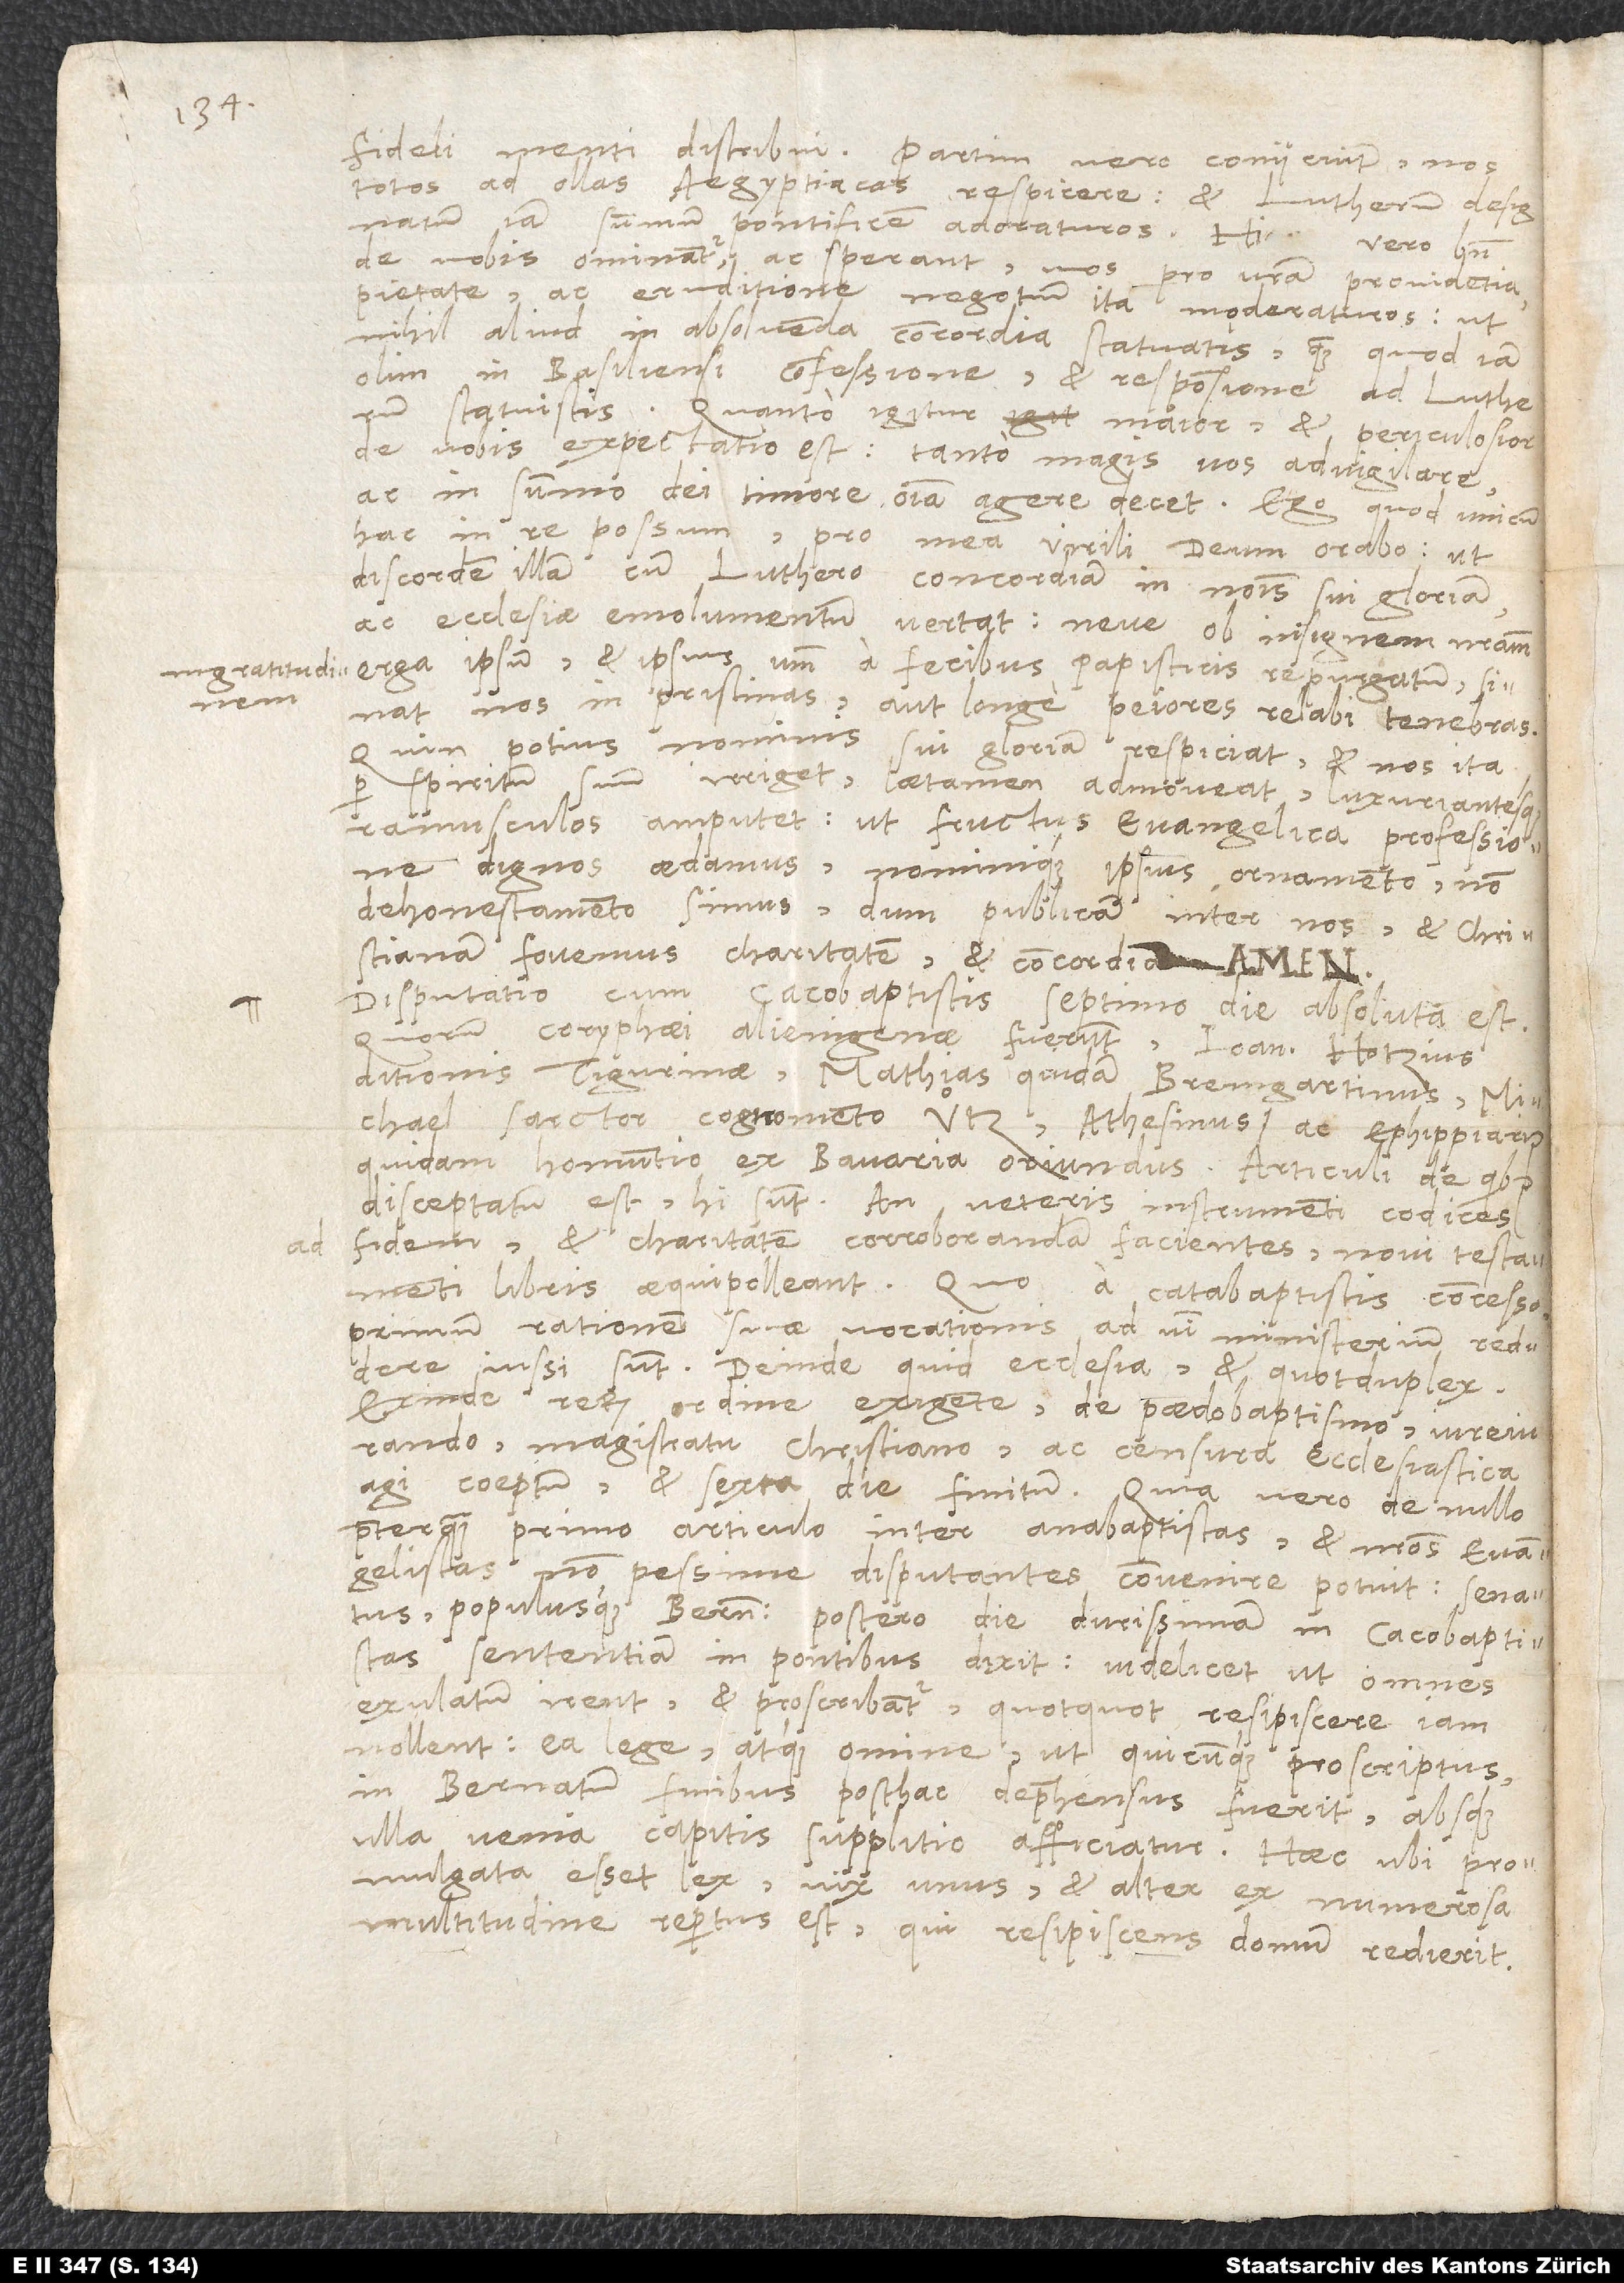
ingratitudinem

fideli menti distribui; partim vero coniiciunt nos
totos ad ollas Aegyptiacas respicere et Lutherum designatum
iam summum pontificem adoraturos. Hi vero bene
de vobis ominantur ac sperant vos pro vestra providentia,
pietate ac eruditione negotium ita moderaturos, ut
nihil aliud in absolvenda concordia statuatis, quam quod iam
olim in Basiliensi confessione et responsione ad Lutherum
statuistis. Quanto igitur maior et periculosior
de vobis expectatio est, tanto magis vos advigilare
ac in summo dei timore omnia agere decet. Ego, quod unicum
hac in re possum, pro mea virili deum orabo, ut
discordem illam cum Luthero concordiam in nominis sui gloriam
ac ecclesiae emolumentum vertat neve ob insignem nostram
erga ipsum et ipsius verbum a fecibus papisticis repurgatum sinat
nos in pristinas aut longe peiores relabi tenebras,
quin potius nominis sui gloriam respiciat et nos ita
per spiritum suum irriget, laetamen admoveat luxuriantesque
ramusculos amputet, ut fructus evangelica professione
dignos aedamus nominique ipsius ornamento, non
dehonestamento simus, dum publicam inter nos et christianam
fovemus charitatem et concordiam.
Disputatio cum cacobaptistis septimo die absoluta est.
Quorum coryphaei alienigenae fuerunt Ioannes Hotzius
ditionis Tigurinae, Mathias quidam Bremgartinus, Michael
sarctor cognomento Uͦtz, Athesinus, ac ephippiarius
quidam, homuntio ex Bavaria oriundus. Articuli, de quibus
disceptatum est, hi sunt: An veteris instrumenti codices
fidem et charitatem corroborandam facientes novi testamenti
libris aequipolleant. Quo a catabaptistis concesso
primum rationem suae vocationis ad verbi ministerium reddere
iussi sunt, deinde, quid ecclesia et quotduplex.
Exinde rerum ordine exigente de paedobaptismo, iureiurando,
magistratu christiano ac censura ecclesiastica
agi coeptum et sexta die finitum. Quia vero de nullo
praeterquam primo articulo inter anabaptistas et nostros evangelistas
non pessime disputantes convenire potuit, senatus
populusque Bernensis postero die durissimam in cacobaptistas
sententiam in pontibus dixit, videlicet ut omnes
exulatum irent et proscribantur, quotquot resipiscere iam
nollent, ea lege atque omine, ut, quicunque proscriptus
in Bernatum finibus posthac deprehensus fuerit, absque
ulla venia capitis supplitio afficiatur. Haec ubi promulgata
esset lex, vix unus et alter ex numerosa
multitudine repertus est, qui resipiscens domum redierit.